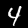
Digit: 4